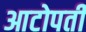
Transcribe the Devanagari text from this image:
आटोपती